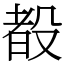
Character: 殾